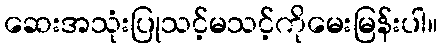
ဆေးအသုံးပြုသင့်မသင့်ကိုမေးမြန်းပါ။